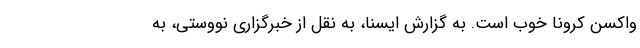
واکسن کرونا خوب است. به گزارش ایسنا، به نقل از خبرگزاری نووستی، به